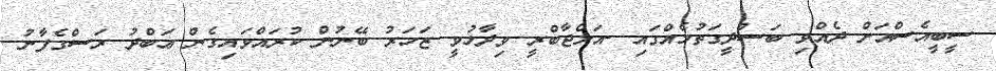
ސީބީއެސްއަށް ދެއްވި ބަސްދީގަތުމެއްގައި -އަލްޖާބްރީ ވިދާޅުވީ ޒަހަރު ބޭނުން ކުރައްވައިގެން ޢަބްދު ރަސްގެފާނު